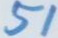
51